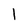
Character: l